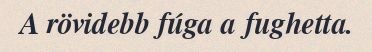
A rövidebb fúga a fughetta.